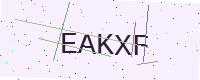
Text: EAKXF